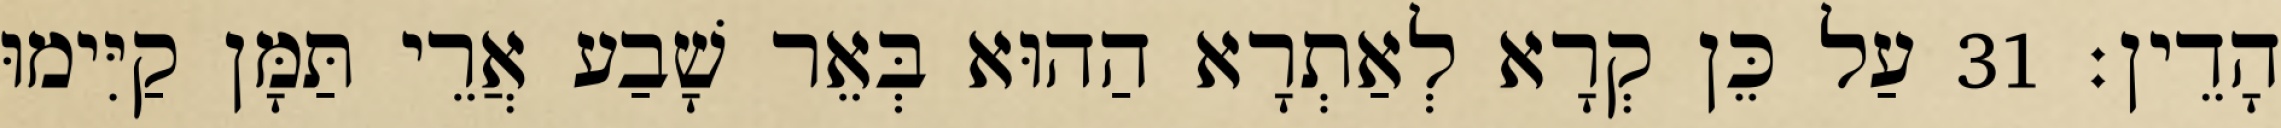
הָדֵין׃ 31 עַל כֵּן קְרָא לְאַתְרָא הַהוּא בְּאֵר שָׁבַע אֲרֵי תַּמָּן קַיִּימוּ